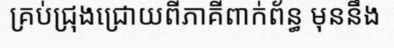
គ្រប់ជ្រុងជ្រោយពីភាគីពាក់ព័ន្ធ មុននឹង